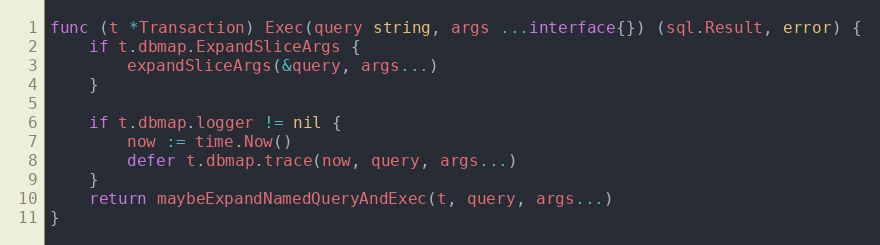
Language: Go
func (t *Transaction) Exec(query string, args ...interface{}) (sql.Result, error) {
	if t.dbmap.ExpandSliceArgs {
		expandSliceArgs(&query, args...)
	}

	if t.dbmap.logger != nil {
		now := time.Now()
		defer t.dbmap.trace(now, query, args...)
	}
	return maybeExpandNamedQueryAndExec(t, query, args...)
}